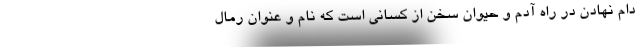
دام نهادن در راه آدم و حیوان سخن از کسانی است که نام و عنوان رمال